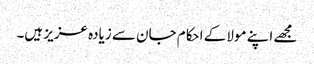
مجھے اپنے مولا کے احکام جان سے زیادہ عزیز ہیں۔